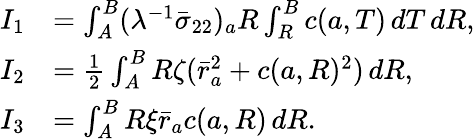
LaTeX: \begin{array}{rl}{I_{1}}&{=\int_{A}^{B}(\lambda^{-1}\bar{\sigma}_{22})_{a}R\int_{R}^{B}c({a},T)\, dT\, dR,}\\ {I_{2}}&{=\frac{1}{2}\int_{A}^{B}R\zeta(\bar{r}_{a}^{2}+c({a},R)^{2})\, dR,}\\ {I_{3}}&{=\int_{A}^{B}R\xi\bar{r}_{a}c({a},R)\, dR.}\end{array}